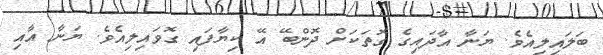
ބަލައިލިއެވެ. ޔަނާ އާދައިގެ ގޮތަކަށް ދޮންބޭ އޭ ކިޔާފައި ގޮވައިލިއެވެ. ޔަނާ އާއި